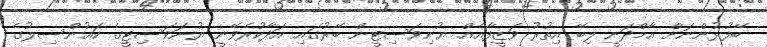
ބޭފުޅުންނަށް އާމްދަނީ ލިބޭ އިތުރު ވަޒީފާއެއް ޔުނިވަސިޓީން ބޭރުގައި އަދާކުރެވޭނީ ޔުނަވަސިޓީގެ ކައުންސިލުގެ